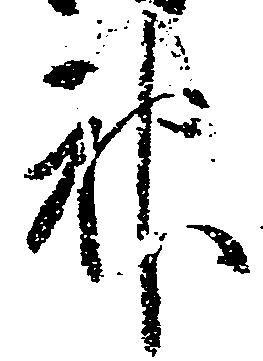
神